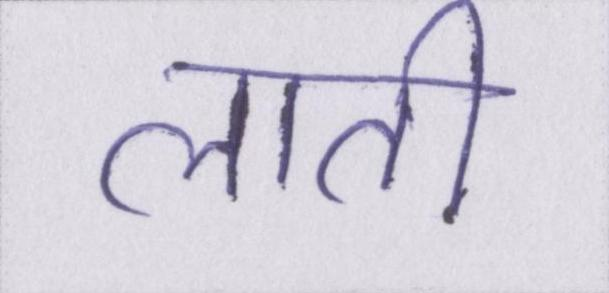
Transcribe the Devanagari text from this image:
लाती